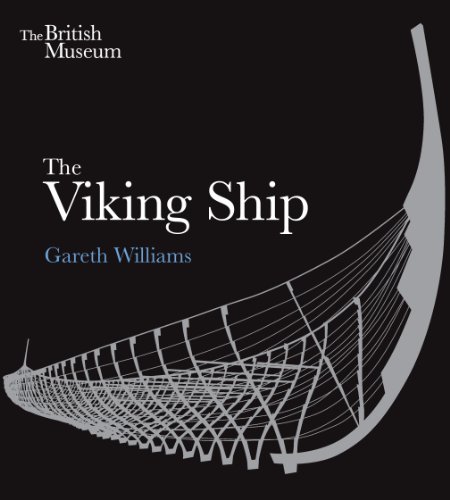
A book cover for The Viking Ship; Gareth Williams; History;